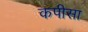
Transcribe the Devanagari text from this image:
कपीसा